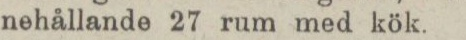
nehållande 27 rum med kök.